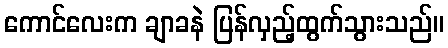
ကောင်လေးက ချာခနဲ ပြန်လှည့်ထွက်သွားသည်။